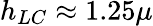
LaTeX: h_{LC}\approx 1.25\mu